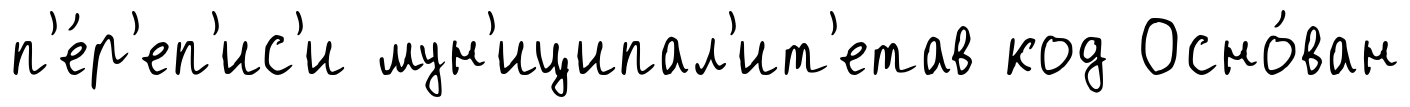
п'е́р'еп'ис'и мун'иципал'ит'етав код Осно́ван